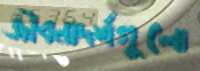
জীবনাদর্শগুলো